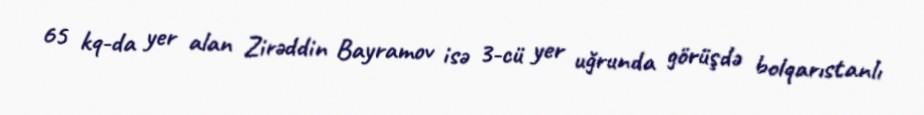
65 kq-da yer alan Zirəddin Bayramov isə 3-cü yer uğrunda görüşdə bolqarıstanlı